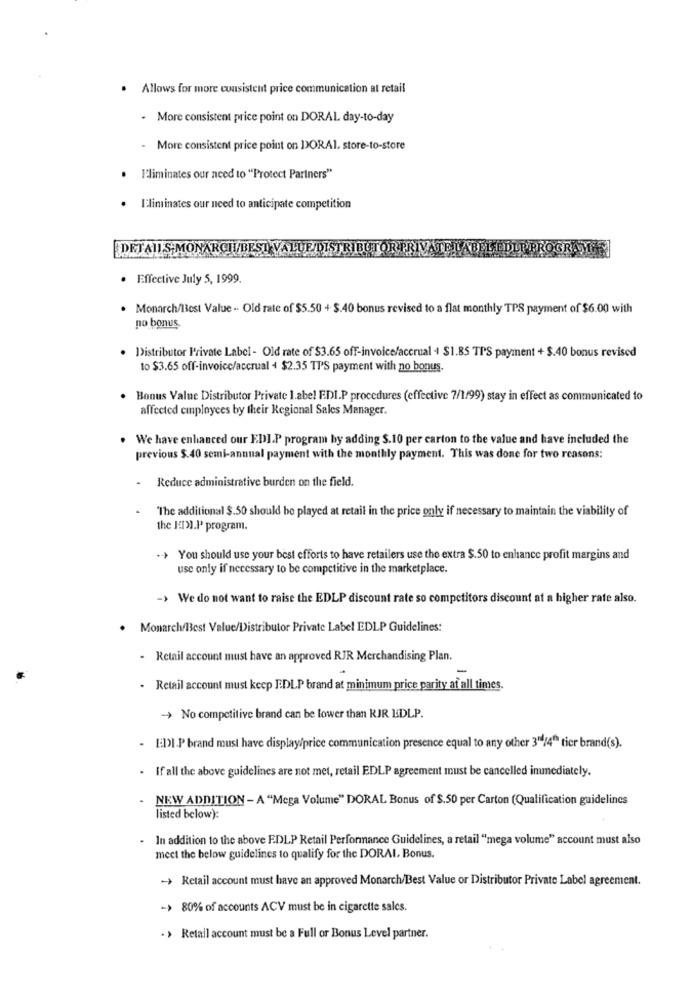
· Allows for more consistent price communication at retail
. More consistent price point on DORAL day-to-day
More consistent price point on DORAl. store-to-store
I'liminates our need to "Protect Partners"
. Eliminates our need to anticipate competition
DETAILS MONARCH/BEST VAI
. Effective July 5, 1999
. Monarch/Best Value - Old rate of $5.50 + $.40 bonus revised to a flat monthly TPS payment of $6.00 with
no bonus
· Distributor Private Label - Old rate of $3.65 off-invoice/accrual + $1.BS TPS payment + $.40 bonus revised
to $3.65 off-invoice/accrual + $2.35 TPS payment with no bonus.
. Bonus Value Distributor Private label EDIP procedures (effective 7/1/99) stay in effect as communicated to
affected employees by their Regional Sales Manager.
. We have enhanced our EDI.P program by adding $.10 per carton to the value and have included the
previous $.40 semi-annual payment with the monthly payment. This was done for two reasons:
- Reduce administrative burden on the field.
"The additional $.50 should be played at retail in the price only if necessary to maintain the viability of
the JIM.P program.
.> You should use your best efforts to have retailers use the extra $.50 to enhance profit margins and
use only if necessary to be competitive in the marketplace.
-> We do not want to raise the EDLP discount rate so competitors discount at a higher rate also.
Monarch/Best Value/Distributor Private Label EDLP Guidelines:
- Retail account must have an approved RJR Merchandising Plan.
. Retail account must keep EDLP brand at minimum price parity af all times.
- No competitive brand can be lower than RJR EDLP.
- EDI.P brand must have display/price communication presence equal to any other 3"/4"> tier brand(s).
. If all the above guidelines are not met, retail EDLP agreement must be cancelled immediately.
NEW ADDITION - A "Mega Volume" DORAL Bonus of $.50 per Carton (Qualification guidelines
listed below):
. In addition to the above EDLP Retail Performance Guidelines, a retail "mega volume" account must also
meet the below guidelines to qualify for the DORAI. Bonus.
> Retail account must have an approved Monarch/Best Value or Distributor Private Label agreement.
-> 80% of accounts ACV must be in cigarette sales.
.> Retail account must be a Full or Bonus Level partner.